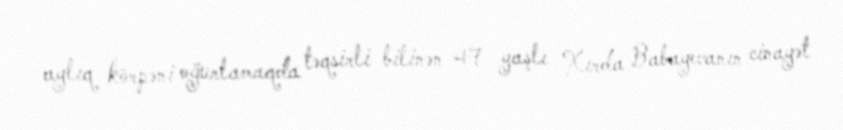
aylıq körpəni oğurlamaqda təqsirli bilinən 47 yaşlı Xırda Babayevanın cinayət